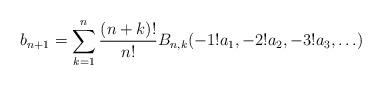
LaTeX: \begin{align*}b_{n+1} = \sum_{k=1}^{n} \frac{(n+k)!}{n!}B_{n,k}(-1!a_1, -2!a_2, -3!a_3, \ldots)\end{align*}